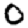
Digit: 0